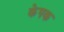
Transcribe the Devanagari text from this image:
केपक